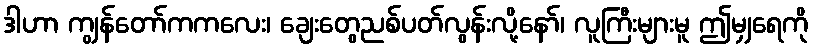
ဒါဟာ ကျွန်တော်ကကလေး၊ ချေးတွေညစ်ပတ်လွန်းလို့နော်၊ လူကြီးများမူ ဤမျှရေကို